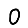
Digit: 0